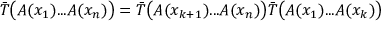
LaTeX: \bar { T } \bigl ( A ( x _ { 1 } ) . . . A ( x _ { n } ) \bigr ) = \bar { T } \bigl ( A ( x _ { k + 1 } ) . . . A ( x _ { n } ) \bigr ) \bar { T } \bigl ( A ( x _ { 1 } ) . . . A ( x _ { k } ) \bigr )